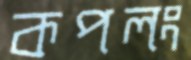
কপলং